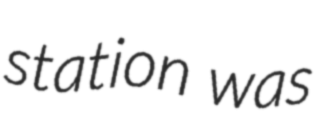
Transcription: station was